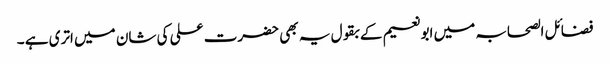
فضائل الصحابہ میں ابونعیم کے بقول یہ بھی حضرت علی کی شان میں اتری ہے ۔